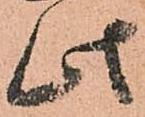
此